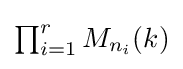
\textstyle \prod _{i=1}^{r}M_{n_{i}}(k)